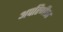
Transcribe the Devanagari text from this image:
अपरिणीता